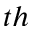
^ { t h }